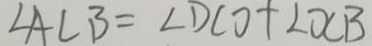
\angle A C B = \angle D C O + \angle O C B